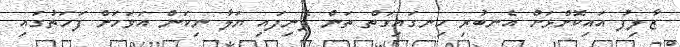
ޒާލިފު އައިކޮށްޅަށް އެނބުރި ހިނގައިގަތް ތަން ފެނިފައި ޔަލާ ނިކަން އަވަހަށް ފަހަތުގައި